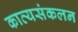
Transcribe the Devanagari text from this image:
काव्यसंकलन